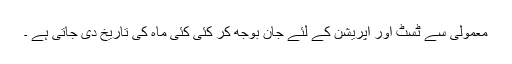
معمولی سے ٹسٹ اور آپریشن کے لئے جان بوجھ کر کئی کئی ماہ کی تاریخ دی جاتی ہے ۔